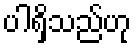
ပါရှိသည်ဟု